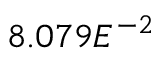
8 . 0 7 9 E ^ { - 2 }